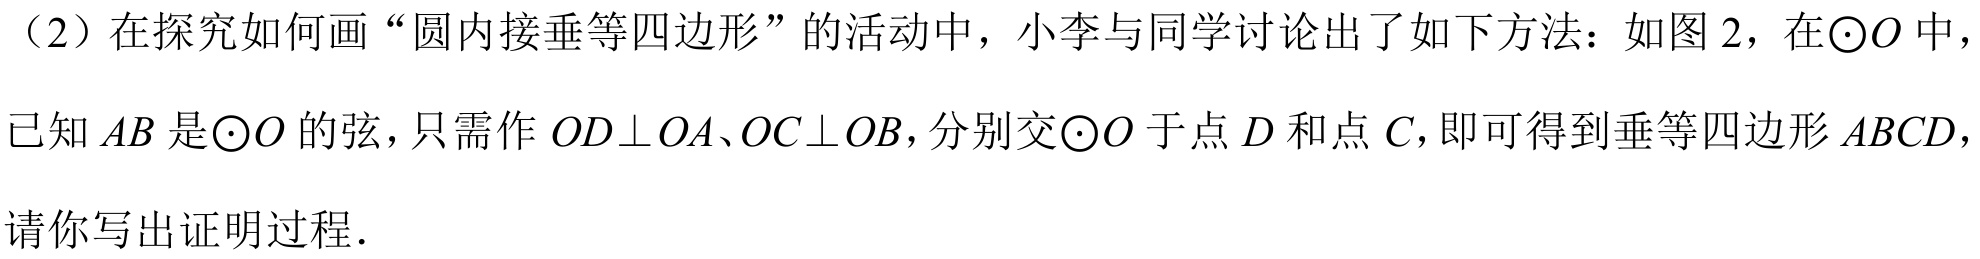
（2）在探究如何画“圆内接垂等四边形”的活动中，小李与同学讨论出了如下方法：如图 2，在\(\odot O\)中，
已知\(AB\)是\(\odot O\)的弦，只需作\(OD\perp OA\)、\(OC\perp OB\)，分别交\(\odot O\)于点\(D\)和点\(C\)，即可得到垂等四边形\(ABCD\)，
请你写出证明过程.